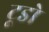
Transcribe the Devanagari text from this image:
टूडो